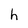
Character: h